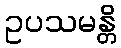
ဥပသမန္တိ